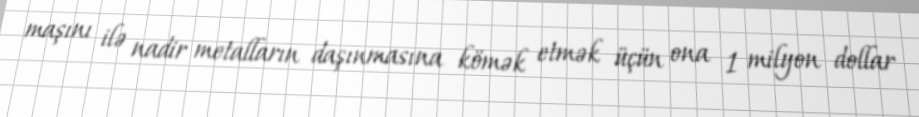
maşını ilə nadir metalların daşınmasına kömək etmək üçün ona 1 milyon dollar